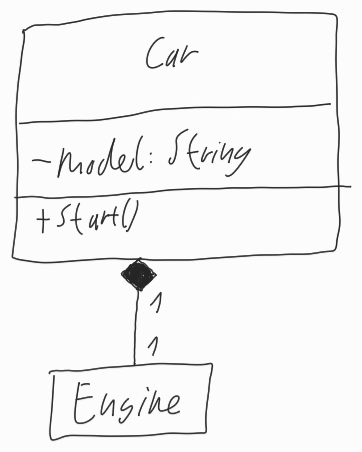
Diagram type: class_diagram
```plantuml
@startuml

class Car {
  - model: String
  + start()
}

class Engine

Car "1" *-- "1" Engine

@enduml
```